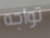
تواجه